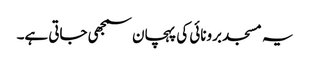
یہ مسجد برونائی کی پہچان سمجھی جاتی ہے۔